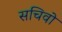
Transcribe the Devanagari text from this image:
सचिवो